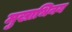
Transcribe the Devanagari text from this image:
मुखाभिनय